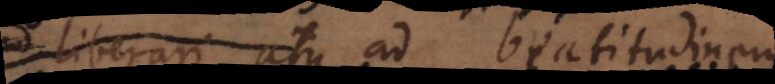
liberari atque ad beatitudinem